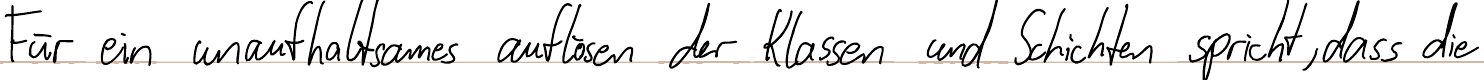
Für ein unaufhaltsames auflösen der Klassen und Schichten spricht, dass die